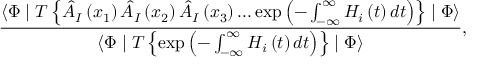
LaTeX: \frac { \langle \Phi \mid T \left\{ \hat { A } _ { I } \left( x _ { 1 } \right) \hat { A } _ { I } \left( x _ { 2 } \right) \hat { A } _ { I } \left( x _ { 3 } \right) . . . \exp \left( - \int _ { - \infty } ^ { \infty } H _ { i } \left( t \right) d t \right) \right\} \mid \Phi \rangle } { \langle \Phi \mid T \left\{ \exp \left( - \int _ { - \infty } ^ { \infty } H _ { i } \left( t \right) d t \right) \right\} \mid \Phi \rangle } ,